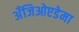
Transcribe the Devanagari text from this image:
अँजिओएडेमा